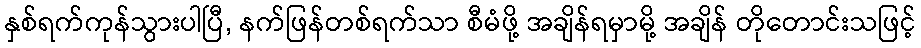
နှစ်ရက်ကုန်သွားပါပြီ, နက်ဖြန်တစ်ရက်သာ စီမံဖို့ အချိန်ရမှာမို့ အချိန် တိုတောင်းသဖြင့်